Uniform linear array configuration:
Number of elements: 32
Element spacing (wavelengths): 0.25
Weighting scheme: blackman
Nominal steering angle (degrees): -15
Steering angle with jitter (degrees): -16.037
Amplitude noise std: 0.05
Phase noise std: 0.05

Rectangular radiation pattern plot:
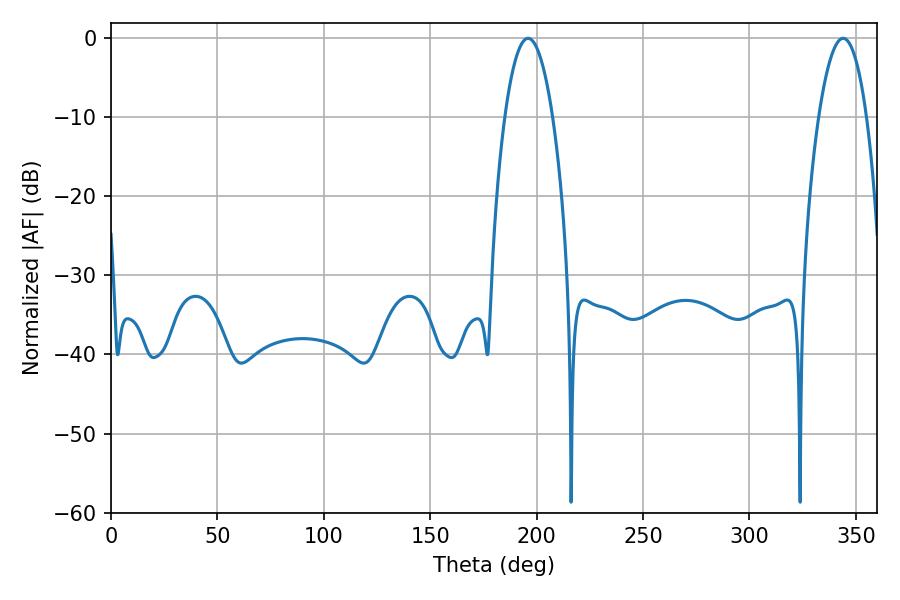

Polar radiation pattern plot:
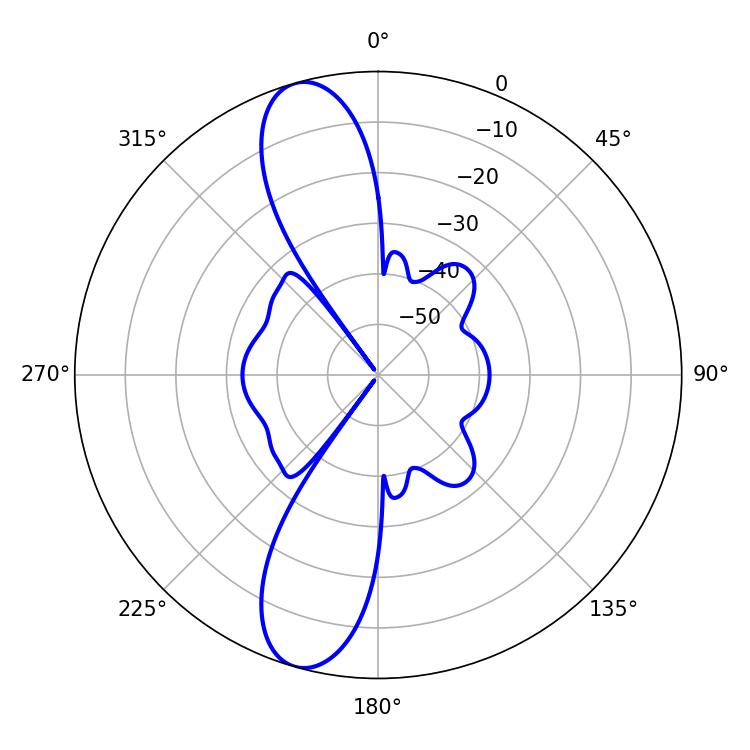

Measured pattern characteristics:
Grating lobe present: FALSE
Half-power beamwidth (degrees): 12.42
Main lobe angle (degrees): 343.98